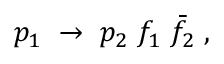
p _ { 1 } \; \to \; p _ { 2 } \; f _ { 1 } \; \bar { f } _ { 2 } \; ,